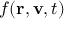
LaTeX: f ( \mathbf { r } , \mathbf { v } , t )